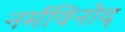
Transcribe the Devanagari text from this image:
नर्मविनोद